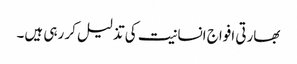
بھارتی افواج انسانیت کی تذلیل کر رہی ہیں۔